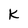
Character: K